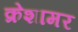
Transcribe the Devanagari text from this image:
क्रेशामर